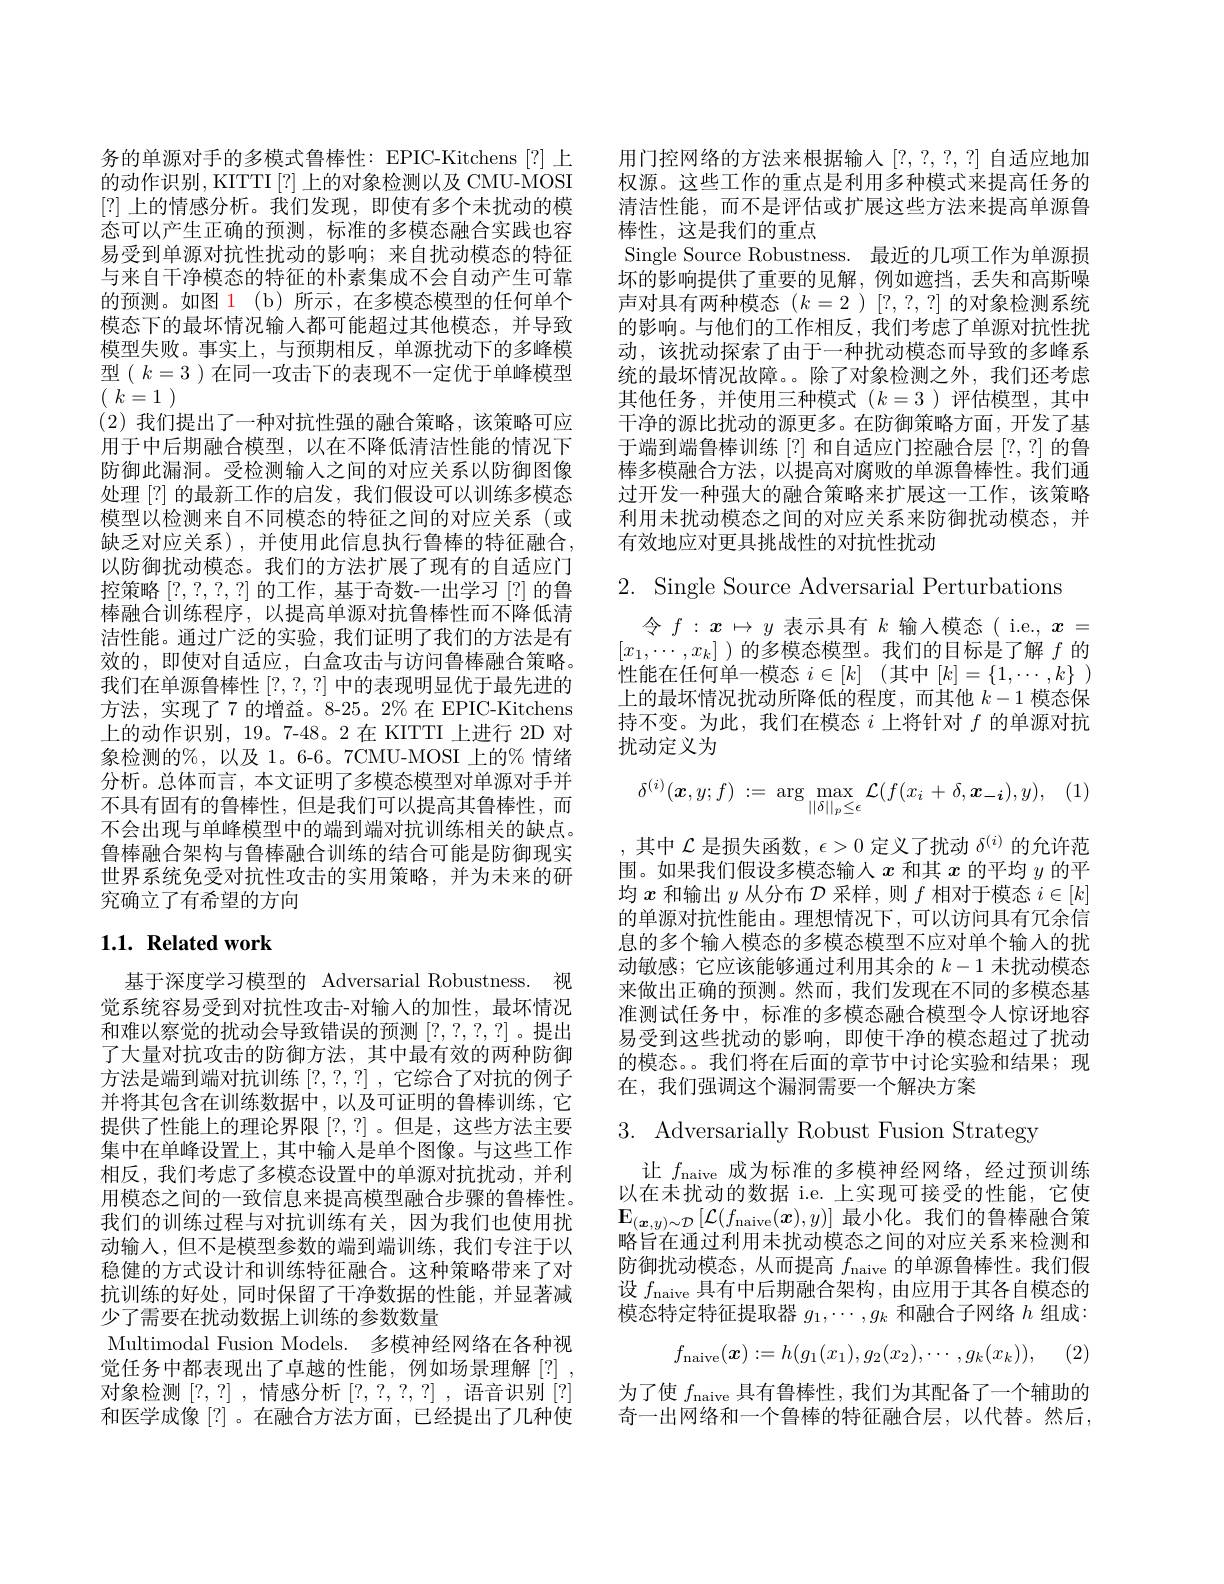
务的单源对手的多模式鲁棒性：EPIC-Kitchens [?] 上的动作识别，KITTI[?] 上的对象检测以及 CMU-MOSI [?]上的情感分析。我们发现，即使有多个未扰动的模态可以产生正确的预测，标准的多模态融合实践也容易受到单源对抗性扰动的影响；来自扰动模态的特征与来自干净模态的特征的朴素集成不会自动产生可靠的预测。如图 1(b)所示，在多模态模型的任何单个模态下的最坏情况输人都可能超过其他模态，并导致模型失败。事实上，与预期相反，单源扰动下的多峰模型( $k=3$ )在同一攻击下的表现不一定优于单峰模型$\left(\begin{array}{c}k=1\end{array}\right)$
(2)我们提出了一种对抗性强的融合策略，该策略可应用于中后期融合模型，以在不降低清洁性能的情况下防御此漏洞。受检测输入之间的对应关系以防御图像处理[?] 的最新工作的启发，我们假设可以训练多模态模型以检测来自不同模态的特征之间的对应关系(或缺乏对应关系),并使用此信息执行鲁棒的特征融合， 以防御扰动模态。我们的方法扩展了现有的自适应门控策略[?,?,?,?]的工作，基于奇数-一出学习 [?] 的鲁棒融合训练程序，以提高单源对抗鲁棒性而不降低清洁性能。通过广泛的实验，我们证明了我们的方法是有效的，即使对自适应，白盒攻击与访问鲁棒融合策略。我们在单源鲁棒性[?,?,?]中的表现明显优于最先进的方法，实现了7 的增益。8-25。2%在 EPIC-Kitchens 上的动作识别，19。7-48。2 在 KITTI 上进行 2D 对象检测的%,以及 1。6-6。7CMU-MOSI 上的% 情绪分析。总体而言，本文证明了多模态模型对单源对手并不具有固有的鲁棒性，但是我们可以提高其鲁棒性，而不会出现与单峰模型中的端到端对抗训练相关的缺点。鲁棒融合架构与鲁棒融合训练的结合可能是防御现实世界系统免受对抗性攻击的实用策略，并为未来的研究确立了有希望的方向

# $1. 1. \textbf{Related work}$

基于深度学习模型的 Adversarial Robustness. 视觉系统容易受到对抗性攻击-对输入的加性，最坏情况和难以察觉的扰动会导致错误的预测[?,?,?,?] 。提出了大量对抗攻击的防御方法，其中最有效的两种防御方法是端到端对抗训练[?,?,?] ,它综合了对抗的例子并将其包含在训练数据中，以及可证明的鲁棒训练，它提供了性能上的理论界限[?,?] 。但是，这些方法主要集中在单峰设置上，其中输入是单个图像。与这些工作相反，我们考虑了多模态设置中的单源对抗扰动，并利用模态之间的一致信息来提高模型融合步骤的鲁棒性。我们的训练过程与对抗训练有关，因为我们也使用扰动输人，但不是模型参数的端到端训练，我们专注于以稳健的方式设计和训练特征融合。这种策略带来了对抗训练的好处，同时保留了干净数据的性能，并显著减少了需要在扰动数据上训练的参数数量
Multimodal Fusion Models. 多模神经网络在各种视觉任务中都表现出了卓越的性能，例如场景理解[?], 对象检测[?,?] ,情感分析[?,?,?,?] ,语音识别[?] 和医学成像[?]。在融合方法方面，已经提出了几种使

用门控网络的方法来根据输入[?,?,?,?]自适应地加权源。这些工作的重点是利用多种模式来提高任务的清洁性能，而不是评估或扩展这些方法来提高单源鲁棒性，这是我们的重点
Single Source Robustness. 最近的几项工作为单源损坏的影响提供了重要的见解，例如遮挡，丢失和高斯噪声对具有两种模态($k=2$)[?,?,?]的对象检测系统的影响。与他们的工作相反，我们考虑了单源对抗性扰动，该扰动探索了由于一种扰动模态而导致的多峰系统的最坏情况故障。。除了对象检测之外，我们还考虑其他任务，并使用三种模式($k=3$)评估模型，其中干净的源比扰动的源更多。在防御策略方面，开发了基于端到端鲁棒训练[?] 和自适应门控融合层[?,?]的鲁棒多模融合方法，以提高对腐败的单源鲁棒性。我们通过开发一种强大的融合策略来扩展这一工作，该策略利用末扰动模态之间的对应关系来防御扰动模态，并有效地应对更具挑战性的对抗性扰动

2. Single Source Adversarial Perturbations

令$f:\boldsymbol{x}\mapsto y$表示具有$k$输入模态( i.e., $\boldsymbol{x}=$ $[x_1,\cdots,x_k]$ )的多模态模型。我们的目标是了解$f$的性能在任何单一模态 $i\in [ k]$ (其中 $[ k] = \{ 1, \cdots , k\}$ ) 上的最坏情况扰动所降低的程度，而其他$k-1$模态保持不变。为此，我们在模态$i$上将针对$f$的单源对抗扰动定义为
$$\delta^{(i)}(\boldsymbol{x},y;f)\::=\:\arg\max_{||\delta||_{p}\leq\epsilon}\mathcal{L}(f(x_{i}\:+\:\delta,\boldsymbol{x}_{-\boldsymbol{i}}),y),$$
,其中$\mathcal{L}$是损失函数$,\epsilon>0$定义了扰动$\delta^(i)$的允许范围。如果我们假设多模态输人$x$和其$x$的平均$y$的平均$x$和输出$y$从分布$\mathcal{D}$采样，则$f$相对于模态$i\in[k]$ 的单源对抗性能由。理想情况下，可以访问具有冗余信息的多个输入模态的多模态模型不应对单个输入的扰动敏感；它应该能够通过利用其余的$k-1$未扰动模态来做出正确的预测。然而，我们发现在不同的多模态基准测试任务中，标准的多模态融合模型令人惊讶地容易受到这些扰动的影响，即使干净的模态超过了扰动的模态。。我们将在后面的章节中讨论实验和结果；现在，我们强调这个漏洞需要一个解决方案

3. Adversarially Robust Fusion Strategy

让$f_\mathrm{naive}$成为标准的多模神经网络，经过预训练以在未扰动的数据 i.e. 上实现可接受的性能，它使$\mathbf{E}_{(\boldsymbol{x},y)\sim\mathcal{D}}\left[\mathcal{L}(f_{\mathrm{naive}}(\boldsymbol{x}),y)\right]$最小化。我们的鲁棒融合策略旨在通过利用未扰动模态之间的对应关系来检测和防御扰动模态，从而提高$f_\mathrm{naive}$的单源鲁棒性。我们假设$f_\mathrm{naive}$具有中后期融合架构，由应用于其各自模态的模态特定特征提取器$g_1,\cdots,g_k$和融合子网络$h$组成：
$$f_{\mathrm{naive}}(\boldsymbol{x}):=h(g_1(x_1),g_2(x_2),\cdots,g_k(x_k)),$$
为了使$f_\mathrm{naive}$具有鲁棒性，我们为其配备了一个辅助的奇一出网络和一个鲁棒的特征融合层，以代替。然后，